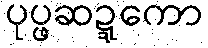
ပုပ္ဖဆဍ္ဍကော